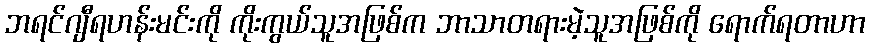
ဘရင်ဂျီရဟန်းမင်းကို ကိုးကွယ်သူအဖြစ်က ဘာသာတရားမဲ့သူအဖြစ်ကို ရောက်ရတာဟာ